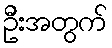
ဦးအတွက်